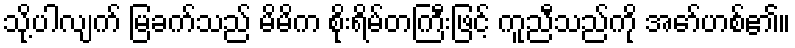
သို့ပါလျက် မြခက်သည် မိမိက စိုးရိမ်တကြီးဖြင့် ကူညီသည်ကို အော်ဟစ်၏။